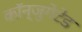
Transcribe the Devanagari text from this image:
कॉन्जुगेटेड